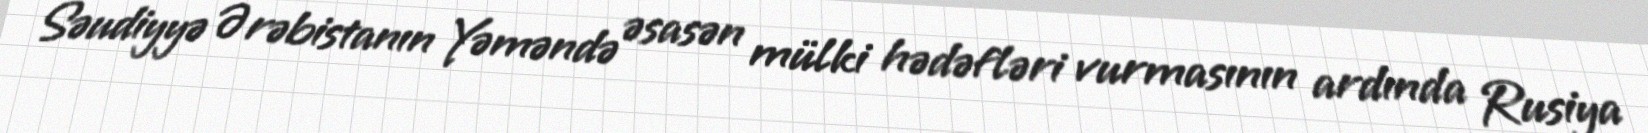
Səudiyyə Ərəbistanın Yəməndə əsasən mülki hədəfləri vurmasının ardında Rusiya